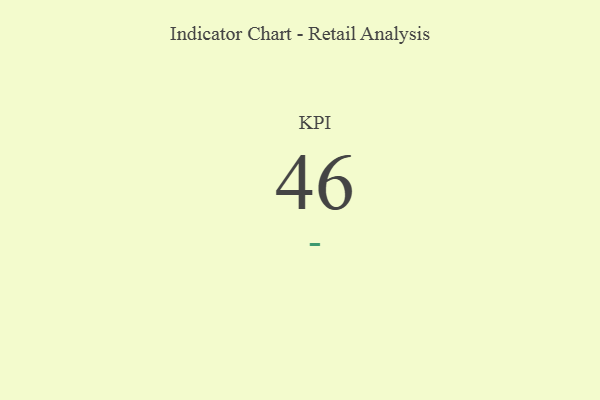
{"axis": {"x": "KPI", "y": "Value"}, "legend": [""], "data": [{"x": "KPI", "y": 46, "type": ""}]}